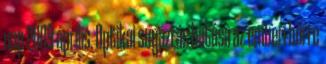
nap 2009 április. Optikai sugázrás hatása az emberi bőrre